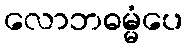
လောဘဓမ္မံပေ